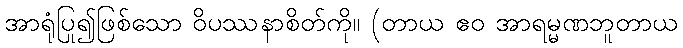
အာရုံပြု၍ဖြစ်သော ဝိပဿနာစိတ်ကို။ (တာယ ဧဝ အာရမ္မဏဘူတာယ